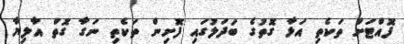
ފޮއްޓަށް ތަކެތި އަޅާ ގޮތުގެ ބަދަލުގައި ފޮށިން ތަކެތި ނަގާ ގޮތް އާލިޔާ